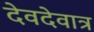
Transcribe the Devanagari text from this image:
देवदेवात्र